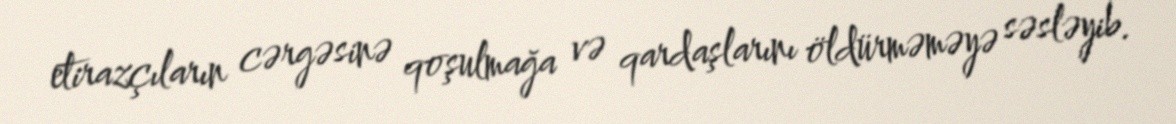
etirazçıların cərgəsinə qoşulmağa və qardaşlarını öldürməməyə səsləyib.